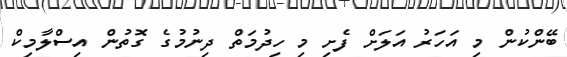
ބޭންކުން މި އަހަރު އަލަށް ފެށި މި ހިދުމަތް ދިނުމުގެ ގޮތުން އިސްލާމިކް